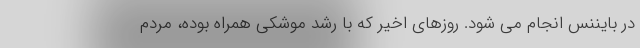
در بایننس انجام می شود. روزهای اخیر که با رشد موشکی همراه بوده، مردم